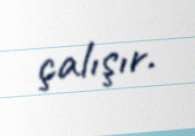
çalışır.